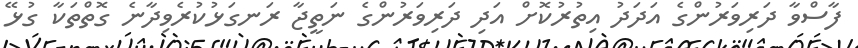
ފާސްވާ ދަރިވަރުންގެ އަދަދު އިތުރުކޮށް އަދި ދަރިވަރުންގެ ނަތީޖާ ރަނގަޅުކުރެވިދާނެ ގޮތްތަކާ ގުޅޭ